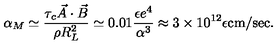
\alpha _ { M } \simeq \frac { \tau _ { c } \vec { A } \cdot \vec { B } } { \rho R _ { L } ^ { 2 } } \simeq 0 . 0 1 \frac { \epsilon e ^ { 4 } } { \alpha ^ { 3 } } \approx 3 \times 1 0 ^ { 1 2 } \epsilon \mathrm { c m / s e c } .